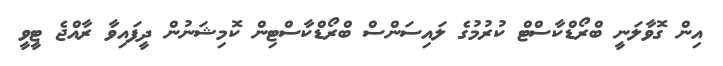
އިން ގޮވާލަނީ ބްރޯޑްކާސްޓް ކުރުމުގެ ލައިސަންސް ބްރޯޑްކާސްޓިން ކޮމިޝަނުން ދީފައިވާ ރާއްޖެ ޓީވީ